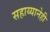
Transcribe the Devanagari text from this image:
सहाय्यानेही